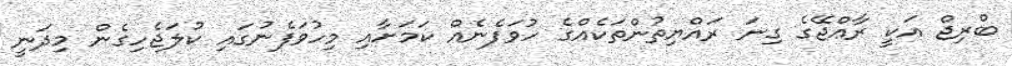
ބްރިޖް އަކީ ރާޢްޖޭގެ ގިނަ ރައްޔިތުންތަކެއްގެ ހުވަފެނެއް ކަމަށާއި މިހުވަފެނުގައި ކުލަޖެހިގެން މިދަނީ